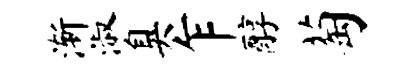
渐淑臭乍醇萄